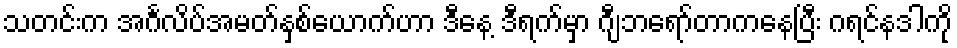
သတင်းက အင်္ဂလိပ်အမတ်နှစ်ယောက်ဟာ ဒီနေ့ ဒီရက်မှာ ဂျီဘရော်တာကနေပြီး ဂရင်နဒါကို